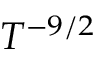
T ^ { - 9 / 2 }